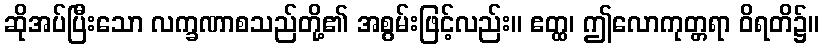
ဆိုအပ်ပြီးသော လက္ခဏာစသည်တို့၏ အစွမ်းဖြင့်လည်း။ ဧတ္ထ၊ ဤလောကုတ္တရာ ဝိရတိ၌။